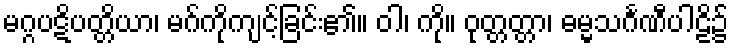
မဂ္ဂပဋိပတ္တိယာ၊ မဂ်ကိုကျင့်ခြင်း၏။ ဝါ၊ ကို။ ဝုတ္တတ္တာ၊ ဓမ္မသင်္ဂဏီပါဠိ၌